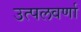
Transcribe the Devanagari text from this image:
उत्पलवर्णा